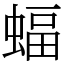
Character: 蝠